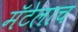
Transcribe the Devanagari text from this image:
मॅटेलाच